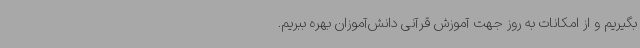
بگیریم و از امکانات به روز جهت آموزش قرآنی دانش‌آموزان بهره ببریم.